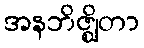
အနဘိဇ္ဈိတာ